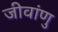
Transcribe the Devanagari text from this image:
जीवांणु